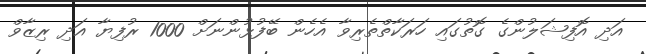
އަދި އޮފިޝަލުންގެ ގޮތުގައި ހަރަކާތްތެރިވާ އެހެން ބޭފުޅުންނަށް 1000 ރުފިޔާ އަދި ރިޒާވް